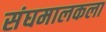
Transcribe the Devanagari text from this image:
संघमालकला